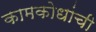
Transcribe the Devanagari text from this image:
कामकोधांची